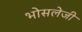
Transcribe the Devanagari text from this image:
भोसलेजी